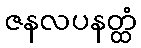
ဇနလပနတ္ထံ